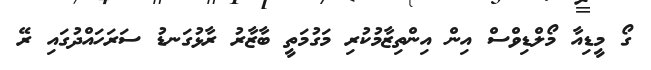
ގޯ މީޑިއާ މޯލްޑިވްސް އިން އިންތިޒާމުކުރި މަގުމަތީ ބާޒާރު ރާޅުގަނޑު ސަރަހައްދުގައި ރޭ